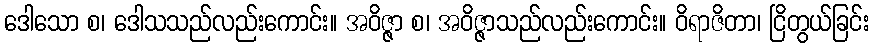
ဒေါသော စ၊ ဒေါသသည်လည်းကောင်း။ အဝိဇ္ဇာ စ၊ အဝိဇ္ဇာသည်လည်းကောင်း။ ဝိရာဇိတာ၊ ငြိတွယ်ခြင်း